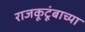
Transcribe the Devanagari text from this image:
राजकूटूंबाच्या